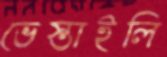
ভেস্তাইলি